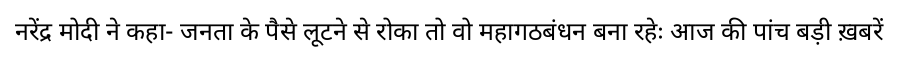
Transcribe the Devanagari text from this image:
नरेंद्र मोदी ने कहा- जनता के पैसे लूटने से रोका तो वो महागठबंधन बना रहेः आज की पांच बड़ी ख़बरें